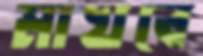
মাখবে